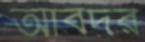
আবদর